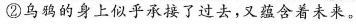
②乌鸦的身上似乎承接了过去，又蕴含着未来。